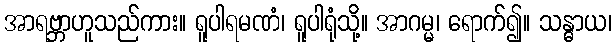
အာရဗ္ဘာဟူသည်ကား။ ရူပါရမဏံ၊ ရူပါရုံသို့။ အာဂမ္မ၊ ရောက်၍။ သန္ဓာယ၊